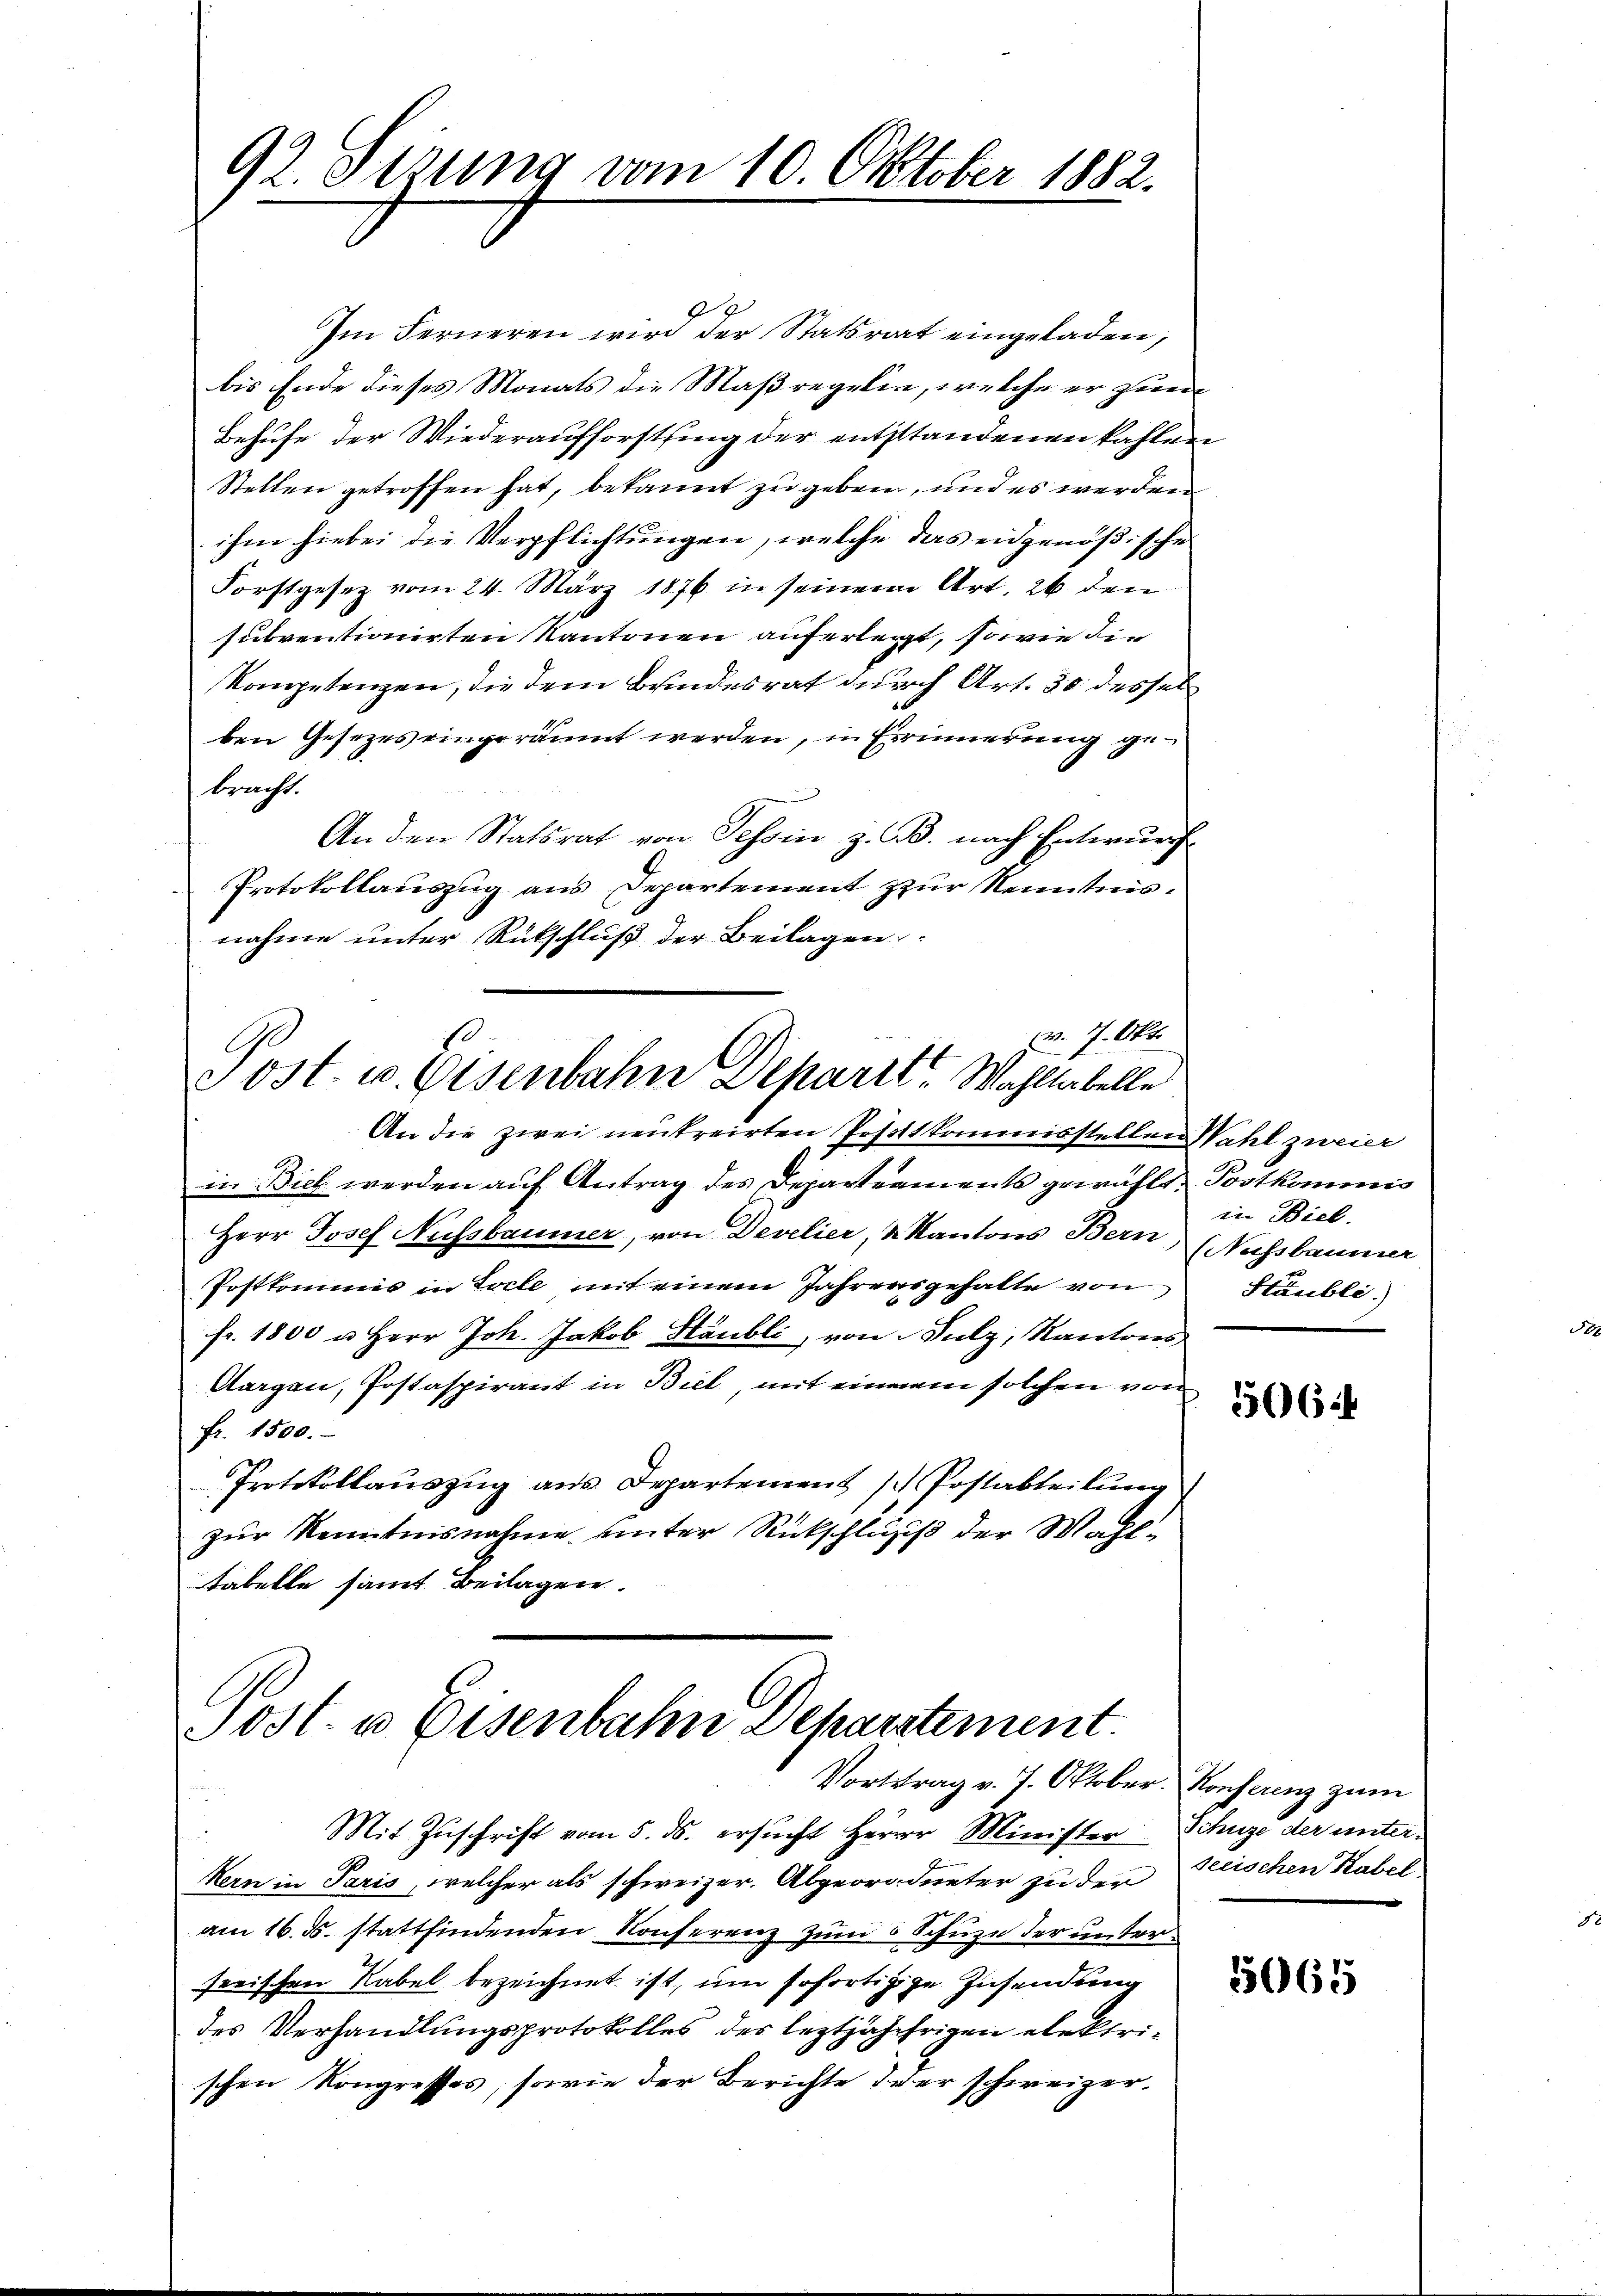
92. Setzung vom 10. Oktober 1882.

Im Ferneren wird der Statsrat eingeladen,
bis Ende dieses Monats die Maßregelin, welche er zum
Behufe der Wiederaufforstsing der entstandenen kahlen
Stellen getroffen hat, bekannt zu geben, und es werden
ihm hiebei die Verpflichtungen, welche das eidgenößischer
Forstgesetz vom 24. März 1876 in seinem Art. 26 den
subventionirten Kantonen auferlegt, sowie die
kompetenzen, die dem Bundesrat durch Art. 30 dessel
ben Gesezes eingeräumt werden, in Erinnerung gebracht.
An den Statsrat von Tessin, z. B. nach Entwurf
Protokollauszug aus Departement zur Kenntnisnahme unter Rückschluß der Beilagen
v. 7. Okt.

Post u. Eisenbahn Deharrt. Wahllabelle

¬
Post- u Eisenbahn Departement.
Vortrag v. 7. Oktober. Konferenz zum

An die zwei neutreirten Josottkommisstellen Wahl zweier
in: Biel werden auf Antrag des Departeaments gewählt. Postkommis
Herr Josef Aussbaumer, von Develier, Kantons Bern,
Postkommis in Locle, mit einem Jahrensgehalte von
fr. 1800 u Herr Joh. Jakob Häubli, von Sulz, Kantons
Aargen, Postaspirant in Biel, mit einem solchen von
fr. 1500.
Protokollauszug aus Departement / Postabteilung
zur Kenntnisnahme unter Rückschluss der Wahltabelle samt Beilagen.

Mit Zuschrift vom 5. ds. ersucht Herrn Minister Schuze der unter¬
Hern in Paris, welcher als schweizer. Abgeordneter zu der
am 16. ds. stattfindenden Konferenz zum 5 Schuze der unterserischen Rabel bezeichnet ist, um sofortigige Zusendung
des Verhandlungsprotokolles des leztjährhrigen elektrischen Kongresses, sowie der Berichte der schweizer¬

in Biel.
Nussbaumer
Htäubli

6644

seeischen Rabel

5065